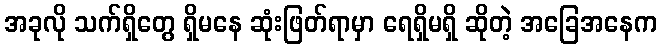
အခုလို သက်ရှိတွေ ရှိမနေ ဆုံးဖြတ်ရာမှာ ရေရှိမရှိ ဆိုတဲ့ အခြေအနေက